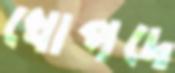
খোপদে